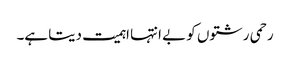
رحمی رشتوں کو بے انتہا اہمیت دیتا ہے۔